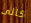
كالى